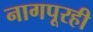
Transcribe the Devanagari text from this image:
नागपूरही